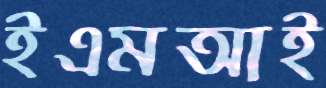
ইএমআই